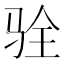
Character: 𩧴